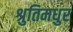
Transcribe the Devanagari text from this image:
श्रुतिमधुर